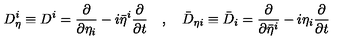
D _ { \eta } ^ { i } \equiv D ^ { i } = \frac { \partial } { \partial \eta _ { i } } - i \bar { \eta } ^ { i } \frac { \partial } { \partial t } \quad , \quad \bar { D } _ { \eta i } \equiv \bar { D } _ { i } = \frac { \partial } { \partial \bar { \eta } ^ { i } } - i \eta _ { i } \frac { \partial } { \partial t }